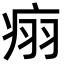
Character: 𬏬